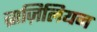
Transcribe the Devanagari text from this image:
ब्राज़िलियन